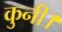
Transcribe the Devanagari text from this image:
कुनी।